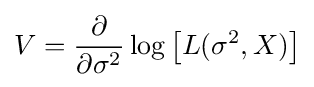
V={\frac {\partial }{\partial \sigma ^{2}}}\log \left[L(\sigma ^{2},X)\right]